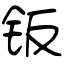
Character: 钣